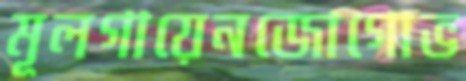
মূলগায়েনজোগোভ